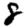
Digit: 8